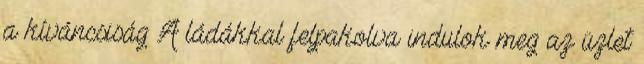
a kíváncsiság A ládákkal felpakolva indulok meg az üzlet